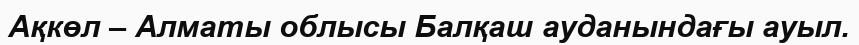
Ақкөл – Алматы облысы Балқаш ауданындағы ауыл.